Tartu_linna_vaeslastekohus, lk 20
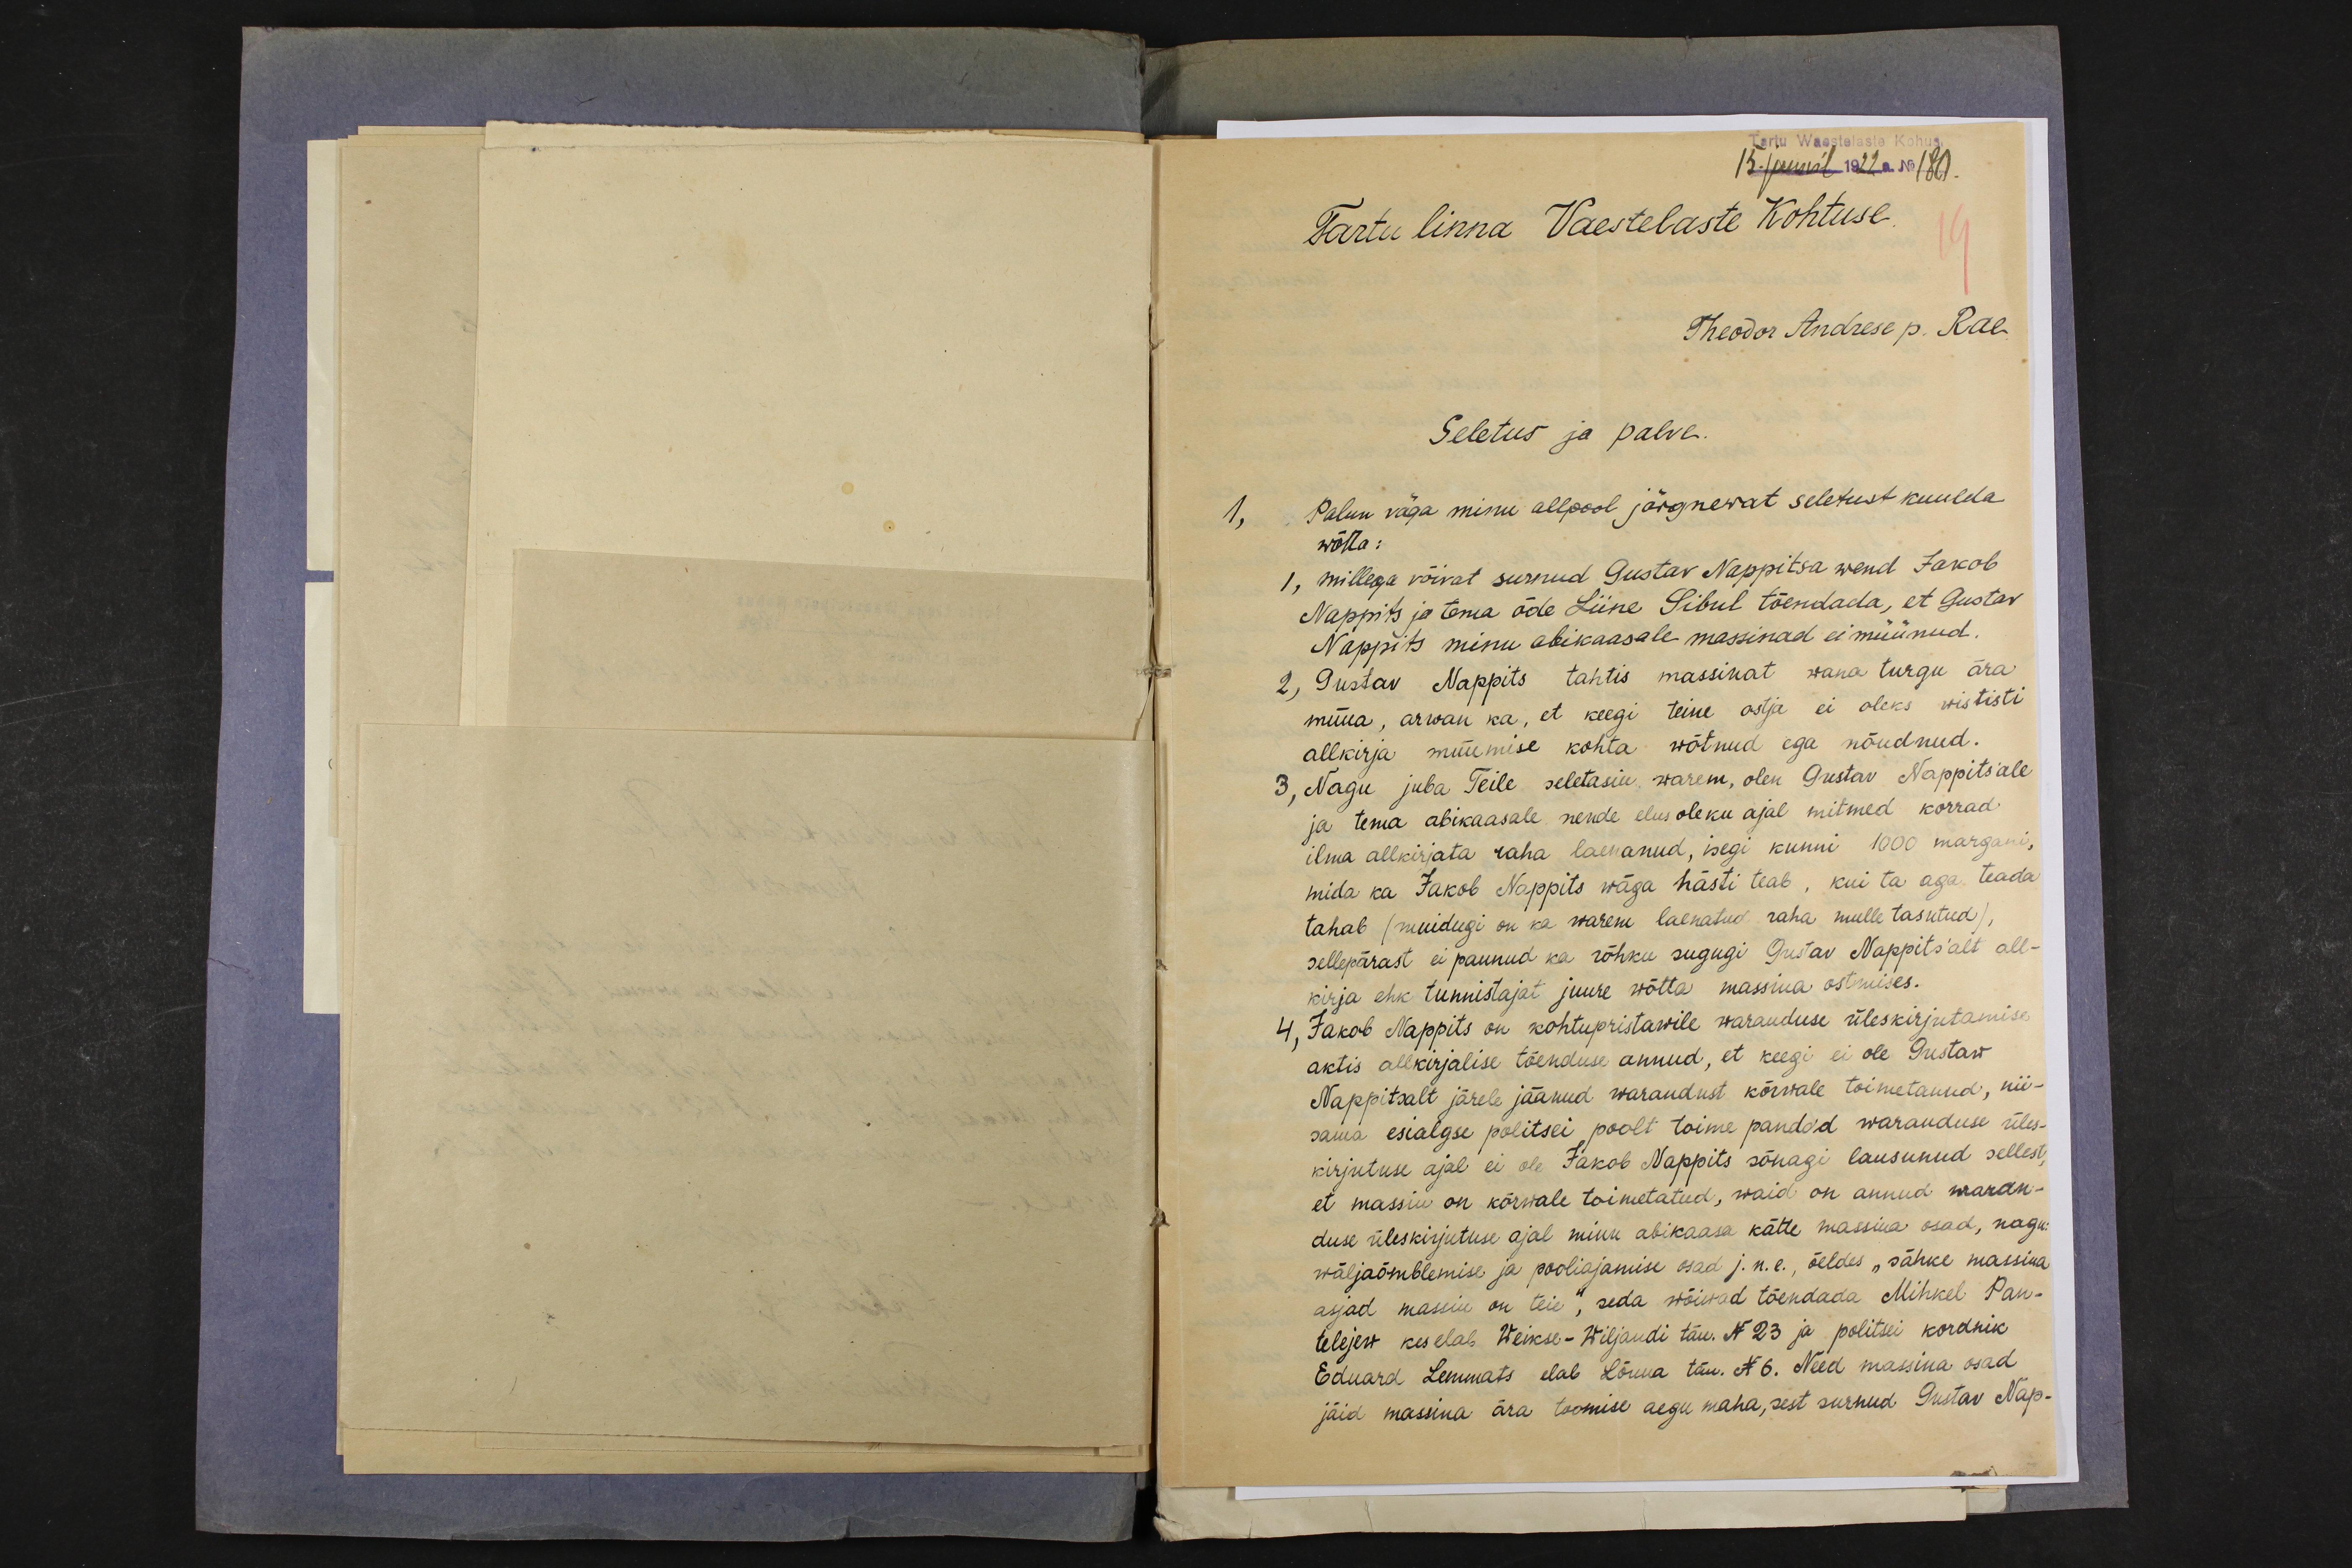
Tartu Waestelaste Kohus.
15. juunil 1922 a. No 180.
Tartu linna Vaestelaste Kohtuse.
Theodor Andrese p. Rae
Seletus ja palve.
1, Palun väga minu allpool järgnewat seletust kuulda
wõtta:
1, millega võivat surnud Gustav Nappitsa wend Jakob
Nappits ja tema õde Liine Sibul tõendada, et Gustav
Nappits minu abikaasale massinad ei müünud.
2, Gustav Nappits tahtis massinat wana turgu ära
müüa, arwan ka, et keegi teine ostja ei oleks wististi
allkirja müümise kohta wõtnud ega nõudnud.
3, Nagu juba Teile seletasin warem, olen Gustav Nappits´ale
ja tema abikaasale nende elusoleku ajal mitmed korrad
ilma allkirjata raha laenanud, isegi kunni 1000 margani,
mida ka Jakob Nappits wäga hästi teab, kui ta aga teada
tahab (muidugi on ka warem laenatud raha mulle tasutud),
sellepärast ei pannud ka rõhku sugugi Gustav Nappits´alt all-
kirja ehk tunnistajat juure wõtta massina ostmises.
4, Jakob Nappits on kohtupristawile waranduse üleskirjutamise
aktis allkirjalise tõenduse annud, et keegi ei ole Gustaw
Nappitsalt järele jäänud warandust kõrwale toimetanud, nii-
sama esialgse politsei poolt toime pandod waranduse üles-
kirjutuse ajal ei ole Jakob Nappits sõnagi lausunud sellest,
et massin on kõrwale toimetatud, waid on annud waran-
duse üleskirjutuse ajal minu abikaasa kätte massina osad, nagu:
wäljaõmblemise ja pooliajamise osad j.n.e., öeldes "sähke massina
asjad massin on teie", seda wõiwad tõendada Mihkel Pan-
telejew kes elab Weikse-Wiljandi tän. N 23 ja politsei kordnik
Eduard Lemmats elab Lõuna tän. N 6. Need massina osad
jäid massina ära toomise aegu maha, sest surnud Gustav Nap-